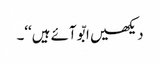
دیکھیں ابّو آئے ہیں‘‘۔